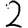
Digit: 2